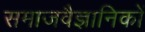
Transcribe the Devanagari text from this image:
समाजवैज्ञानिकों